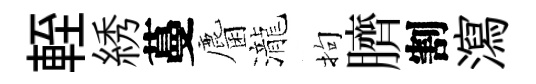
輊綉蔓麕瀧拘臍割瀉